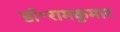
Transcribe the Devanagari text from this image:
डॉ॰रामकुमार